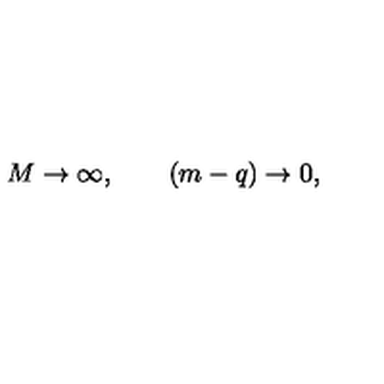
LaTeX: M \rightarrow \infty , \qquad ( m - q ) \rightarrow 0 ,